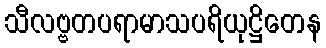
သီလဗ္ဗတပရာမာသပရိယုဋ္ဌိတေန